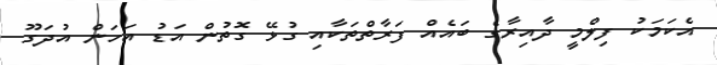
އެކަމަކު ފިލްމީ ދާއިރާގެ ބައެއް ފަރާތްތަކާއި ގުޅޭ ގޮތުން އަޑު އަހަން އުދަގޫ